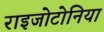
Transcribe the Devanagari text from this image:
राइजोटोनिया